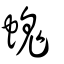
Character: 螝